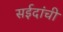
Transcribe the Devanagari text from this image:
सईदांची